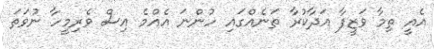
އެއީ ތިމާ ވަޒީފާ އަދާކުރާ ތަނެއްގައި ހުންނަ އެއްމެ އިސް ވެރިމީހާ ނުވަތަ